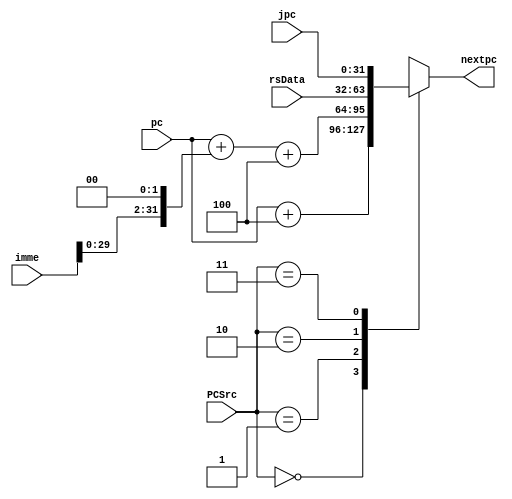
`timescale 1ns / 1ps
//////////////////////////////////////////////////////////////////////////////////
// Company: 
// Engineer: 
// 
// Design Name: 
// Module Name: nextPC
// Project Name: 
// Target Devices: 
// Tool Versions: 
// Description: 
// 
// Dependencies: 
// 
// Revision:
// Revision 0.01 - File Created
// Additional Comments:
// 
//////////////////////////////////////////////////////////////////////////////////


module nextPC(pc, PCSrc, imme, rsData, jpc, nextpc);
    input [31:0] pc;
    input [1:0] PCSrc;
    input [31:0] imme;
    input [31:0] jpc;
    input [31:0] rsData;
    output reg [31:0] nextpc;
    always@(pc or PCSrc) begin
        case(PCSrc)
            2'b00:nextpc = pc + 4;
            2'b01:nextpc = pc + (imme << 2) +4;
            2'b10:nextpc = rsData;
            2'b11:nextpc = jpc;
            default:;
        endcase
    end
endmodule